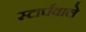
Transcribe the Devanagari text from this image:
स्टार्चवाले